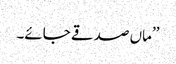
’’ماں صدقے جائے۔